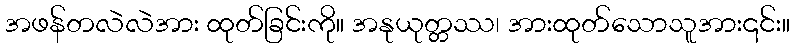
အဖန်တလဲလဲအား ထုတ်ခြင်းကို။ အနုယုတ္တဿ၊ အားထုတ်သောသူအား၎င်း။